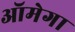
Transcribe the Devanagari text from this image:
ऑमेगा